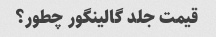
قیمت جلد گالینگور چطور؟